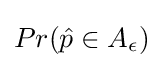
Pr({\hat {p}}\in A_{\epsilon })